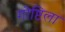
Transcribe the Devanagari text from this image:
गोष्टिला